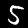
Digit: 5